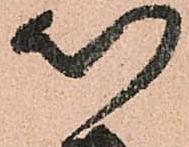
以